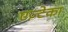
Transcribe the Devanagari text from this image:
एज़्टेका